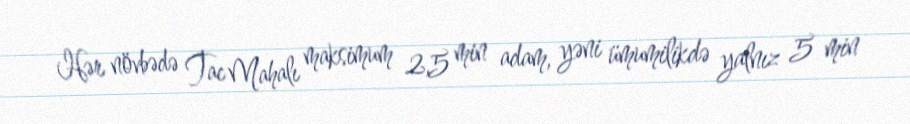
Hər növbədə Tac Mahalı maksimum 2,5 min adam, yəni ümumilikdə yalnız 5 min